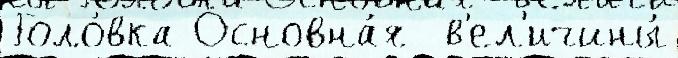
Голо́вка Основна́я  в'ел'ичины́